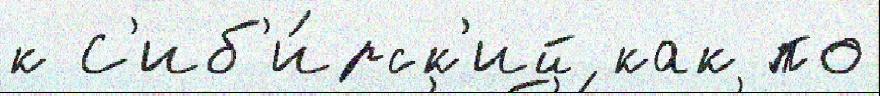
к С'иб'и́рск'ий как по